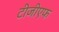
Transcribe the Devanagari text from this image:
टीजीएफ